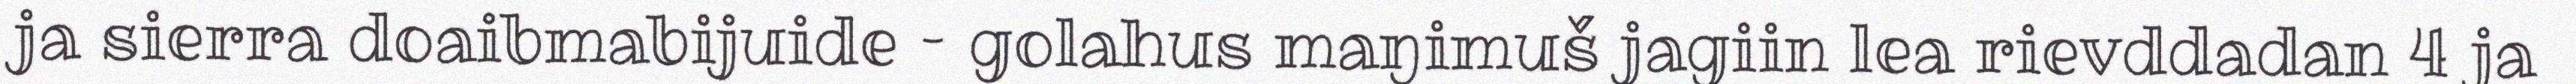
ja sierra doaibmabijuide – golahus maŋimuš jagiin lea rievddadan 4 ja